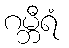
ဂမ္ဘီရံ